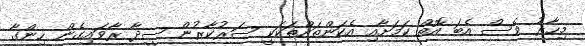
މިހާރު ވެސް އެބަ އޮތް ކަމަށާއި އެކަންތައްތަކަކީ ސަރުކާރުން ސީދާ ރާވައިގެން ހިންގާ